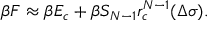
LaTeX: \beta F \approx \beta E _ { c } + \beta { \cal S } _ { N - 1 } r _ { c } ^ { N - 1 } ( \Delta \sigma ) .